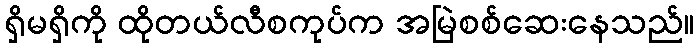
ရှိမရှိကို ထိုတယ်လီစကုပ်က အမြဲစစ်ဆေးနေသည်။